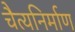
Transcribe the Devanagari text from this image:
चैत्यनिर्माण